Report on vaccination in Madras 1904-1921 - 1904-1921
Year: 1904
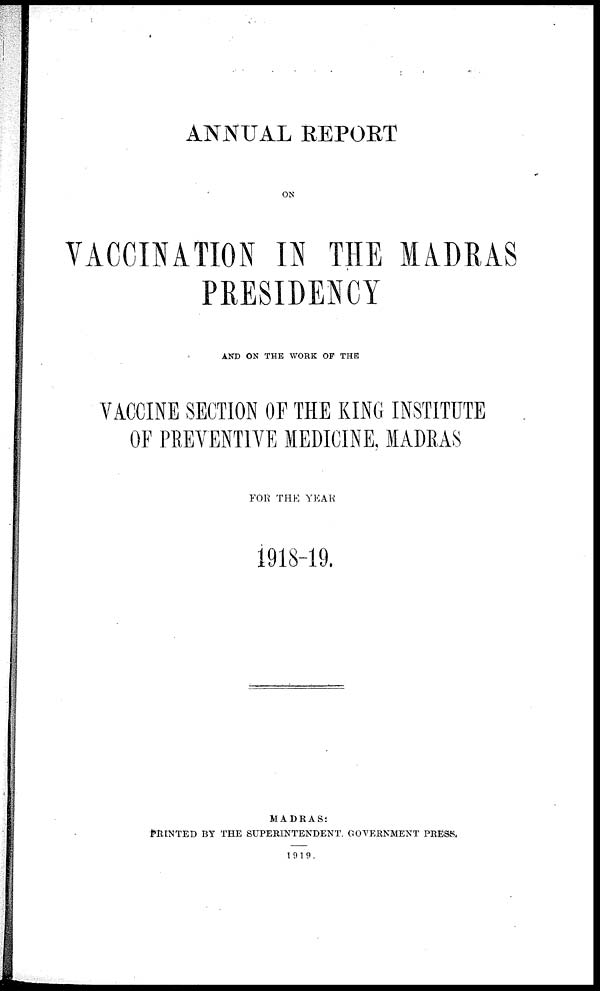
ANNUAL REPORT
ON
VACCINATION IN THE MADRAS
PRESIDENCY
AND ON THE WORK OF THE
VACCINE SECTION OF THE KING INSTITUTE
OF PREVENTIVE MEDICINE, MADRAS
FOR THE YEAR
1918-19.
MADRAS:
PRINTED BY THE SUPERINTENDENT, GOVERNMENT PRESS.
1919.